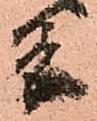
条